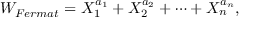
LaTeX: W _ { F e r m a t } = X _ { 1 } ^ { a _ { 1 } } + X _ { 2 } ^ { a _ { 2 } } + \cdots + X _ { n } ^ { a _ { n } } ,